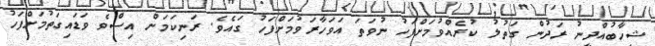
ޝިހާބުއްދީނު ރަދުން ގަތުލު ކުރެއްވުމަށްފަހު ނުވަތަ އަވަހާރަވުމަށްފަހު ގައެވެ. ރަނިކަމަށް އިސްވެ ވަޑައިގަތުމަށްފަހު